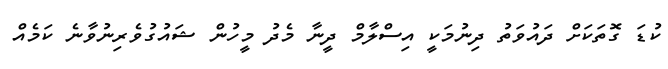
ކުޑަ ގޮތަކަށް ދައުވަތު ދިނުމަކީ އިސްލާމް ދީނާ މެދު މީހުން ޝައުގުވެރިނުވާނެ ކަމެއް